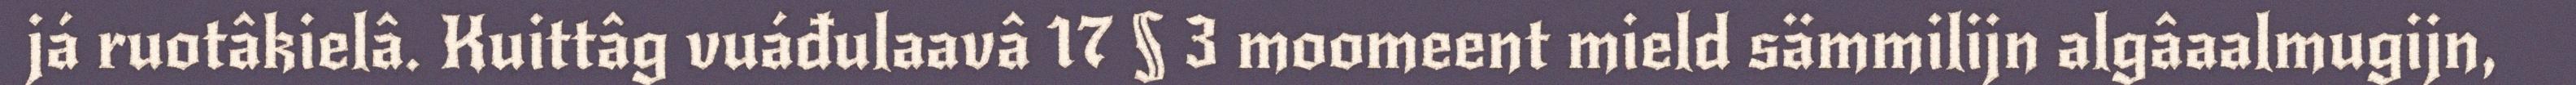
já ruotâkielâ. Kuittâg vuáđulaavâ 17 § 3 moomeent mield sämmilijn algâaalmugijn,